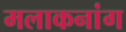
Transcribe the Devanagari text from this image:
मलाकनांग